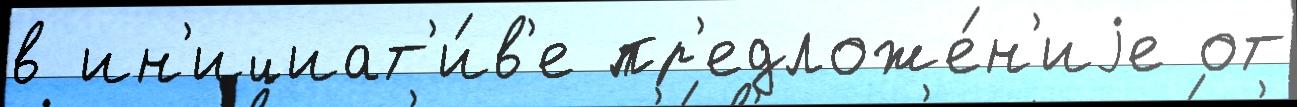
в ин'ициат'и́в'е пр'едложе́н'иjе от